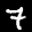
Label: 7